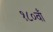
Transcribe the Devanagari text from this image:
१८०वाँ